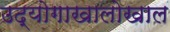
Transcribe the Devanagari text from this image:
उद्योगाखालोखाल